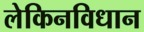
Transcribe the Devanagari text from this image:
लेकिनविधान